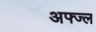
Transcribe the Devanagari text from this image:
अफ्ज्ल